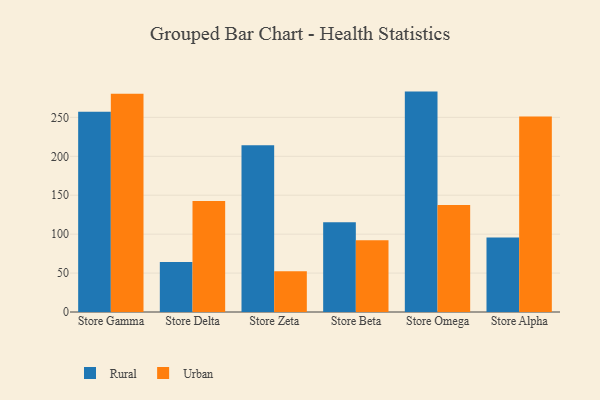
{"axis": {"x": "Store", "y": "Waste Production (Tons)"}, "legend": ["Rural", "Urban"], "data": [{"x": "Store Gamma", "y": 257.3, "type": "Rural"}, {"x": "Store Gamma", "y": 280.4, "type": "Urban"}, {"x": "Store Delta", "y": 64.1, "type": "Rural"}, {"x": "Store Delta", "y": 142.6, "type": "Urban"}, {"x": "Store Zeta", "y": 214.2, "type": "Rural"}, {"x": "Store Zeta", "y": 52.5, "type": "Urban"}, {"x": "Store Beta", "y": 115.4, "type": "Rural"}, {"x": "Store Beta", "y": 92.3, "type": "Urban"}, {"x": "Store Omega", "y": 283.1, "type": "Rural"}, {"x": "Store Omega", "y": 137.4, "type": "Urban"}, {"x": "Store Alpha", "y": 95.7, "type": "Rural"}, {"x": "Store Alpha", "y": 251.1, "type": "Urban"}]}